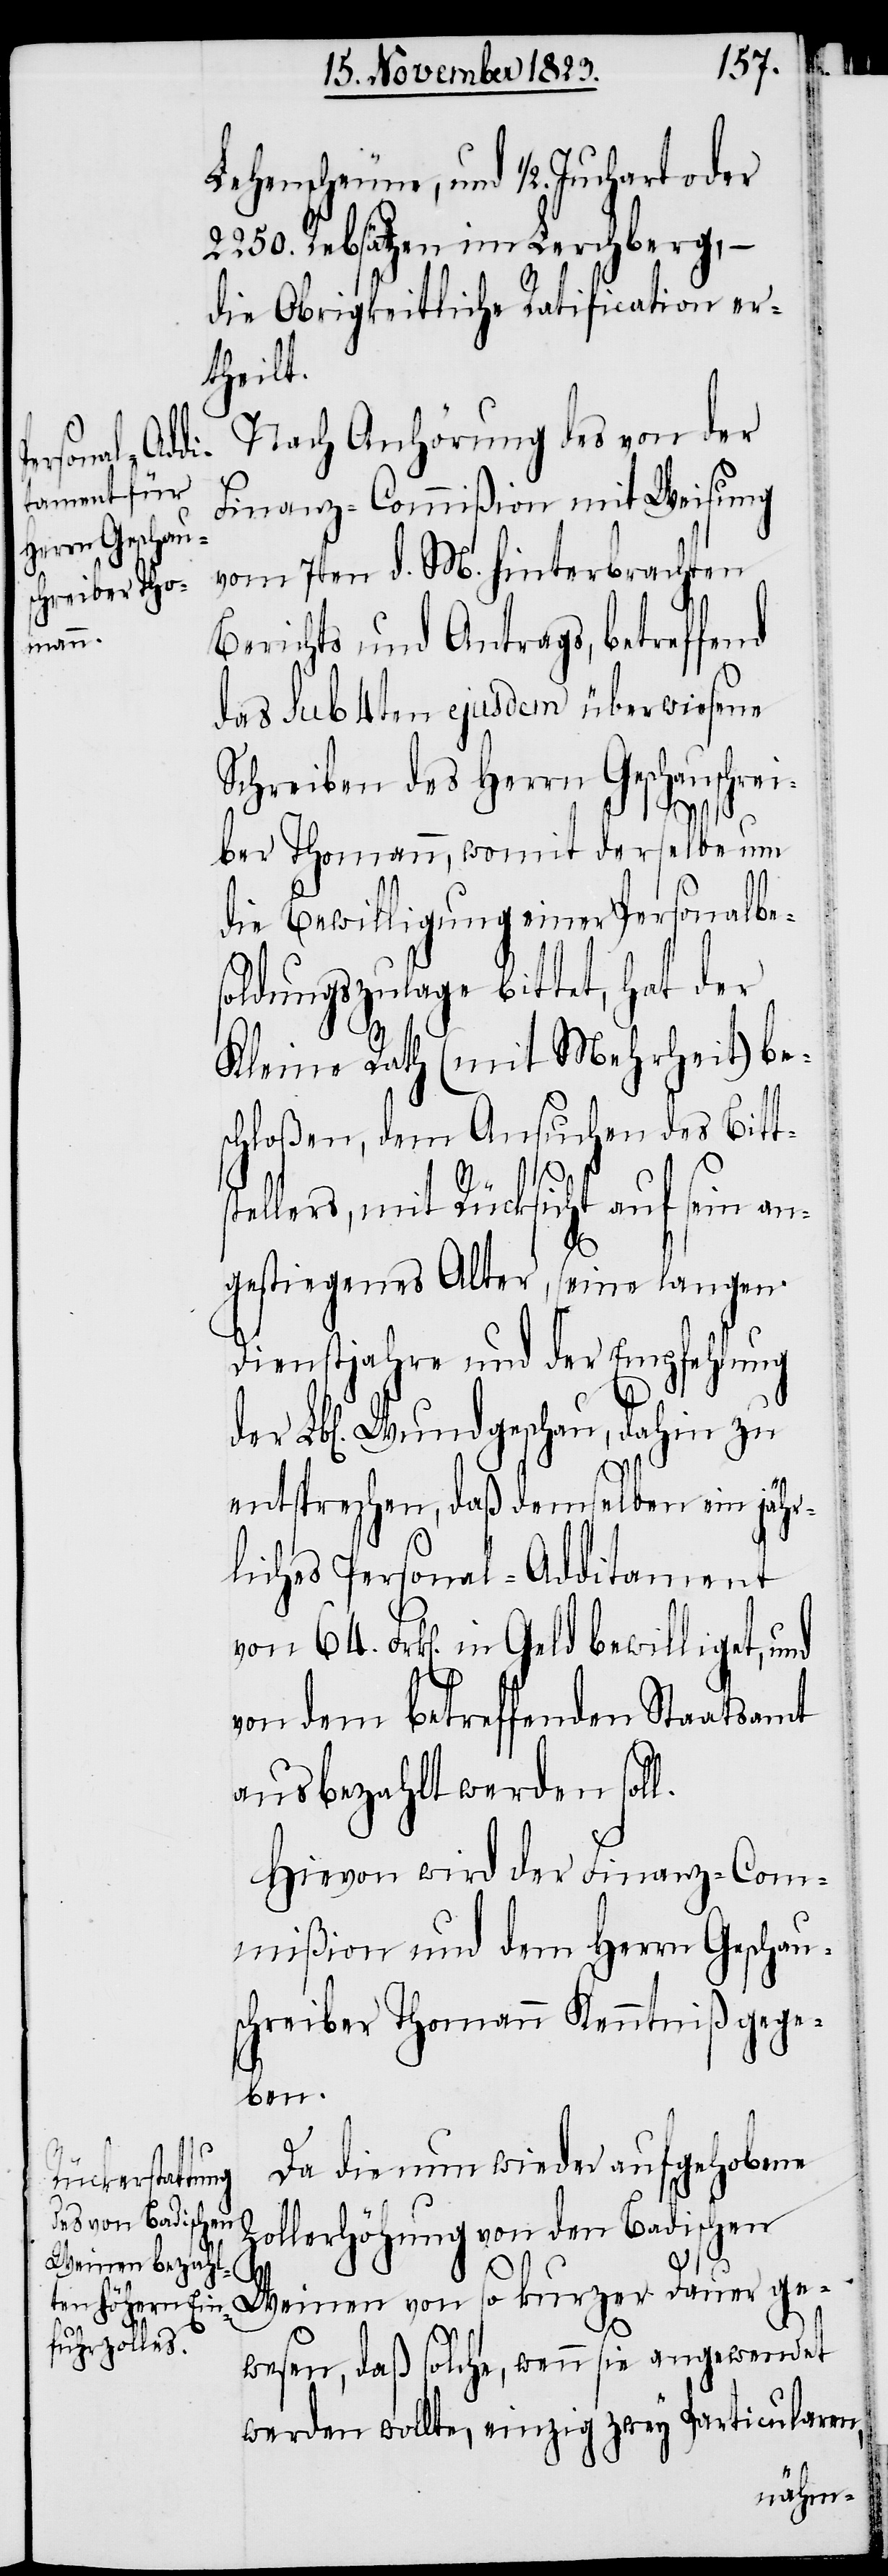
der Lbl[i¬

Lehenscheune, und ½. Juchart oder
2250. Rebsätzen im Lerchberg,
die Obrigkeitliche Ratification er¬
theilt.
Nach Anhörung des von der
Finanz-Commißion mit Weisung
vom 7ten d. M. hinterbrachten
Berichts und Antrags, betreffend
das sub 4ten ejusdem überwiesene
Schreiben des Herrn Geschauschrei¬
ber Thomann, womit derselbe um
die Bewilligung einer Personalbes¬
oldungszulage bittet, hat der
Kleine Rath (mit Mehrheit) be¬
schloßen, dem Ansuchen des Bitt¬
stellers, mit Rücksicht auf sein an¬
gestiegenes Alter, seine langen
Dienstjahre und der Empfehlung
chen]. Wundgeschau, dahin zu
entsprechen, daß demselben ein jähr¬
liches Personal-Additament
von 64. Frk[en]. in Geld bewilliget, und
von dem betreffenden Staatsamt
ausbezahlt werden soll.
Hievon wird der Finanz-Com¬
mißion und dem Herrn Geschau¬
schreiber Thomann Kenntniß gege¬
ben.
Da die nun wieder aufgehobene
Zollerhöhung von den Badischen
Weinen von so kurzer Dauer ge¬
wesen, daß solche, wenn sie angewendet
werden wollte, einzig zwey Particularen,